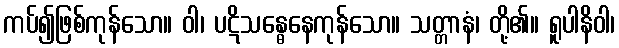
ကပ်၍ဖြစ်ကုန်သော။ ဝါ၊ ပဋိသန္ဓေနေကုန်သော။ သတ္တာနံ၊ တို့၏။ ရူပါနိဝါ၊